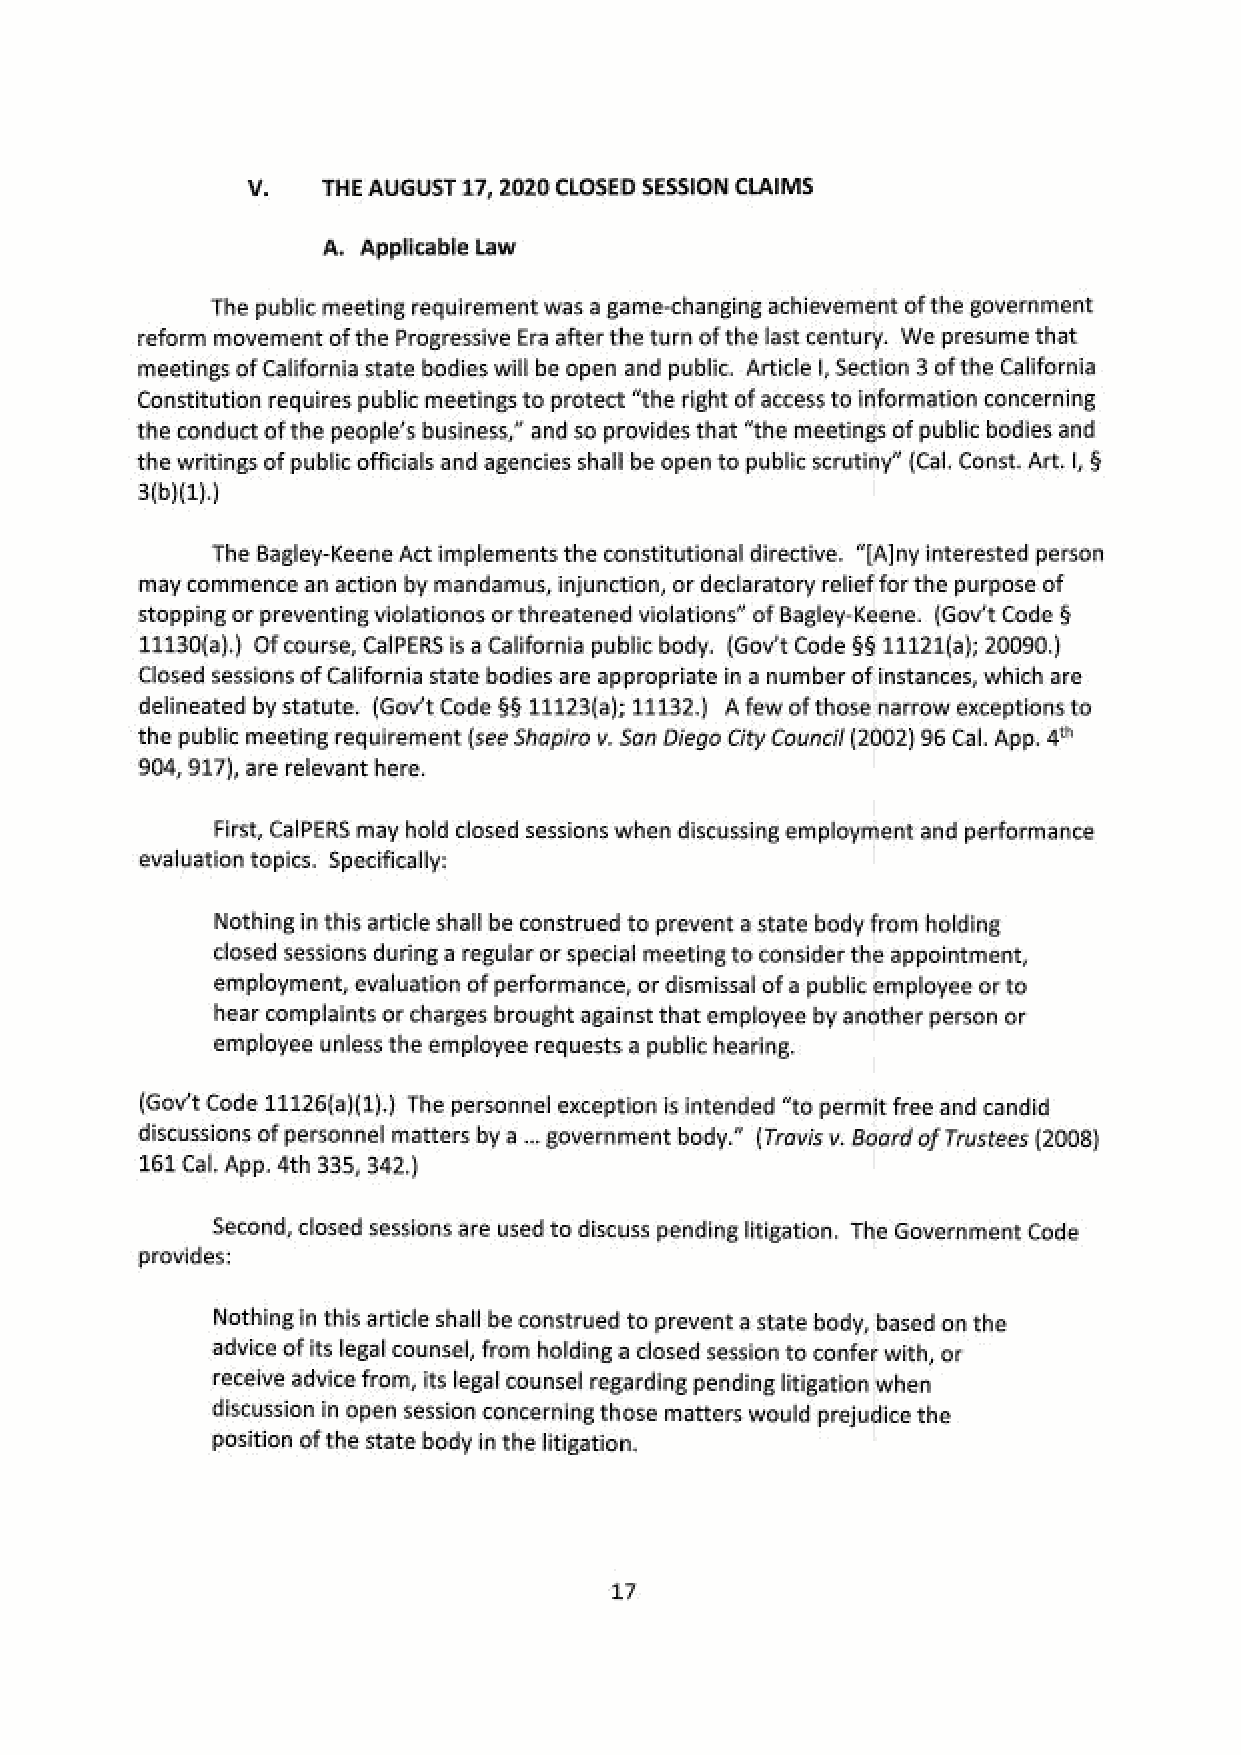
V.   THE AUGUST 17, 2020 CLOSED SESSION CLAIMS
 A. Applicable Law
 ‘The public meeting requirement was a game-changing achievement of the government
 reform movement of the Progressive Era after the turn of the last century. We presume that
 ‘meetings of California state bodies will be open and public. Article|, Section 3 of the California
 Constitution requires public meetings to protect “the right of access to information concerning
 the conduct of the people's business,” and so provides that “the meetings of public bodies and
 the writings of public officials and agencies shall be open to public scrutiny” (Cal. Const. Art. |, §
 3(b)(2).)
 ‘The Bagley-Keene Act implements the constitutional directive. “[A]ny interested person
 may commence an action by mandamus, injunction, or declaratory relief for the purpose of
 stopping or preventing violationos or threatened violations’ of Bagley-Keene. (Gov't Code §
 11130(a),) Of course, CalPERS isa California public body. (Gov't Code §§ 11121(a); 20090.)
 Closed sessions of California state bodies are appropriate in a number of instances, which are
 delineated by statute. (Gov't Code §§ 11123(a); 11132.) A few of those narrow exceptions to
 the public meeting requirement (see Shapiro v. San Diego City Council (2002) 96 Cal. App. 4"
 904, 917), are relevant here.
 First, CalPERS may hold closed sessions when discussing employment and performance
 evaluation topics. Specifically:
 ‘Nothing in this article shall be construed to prevent a state body from holding
 closed sessions duringa regular or special meeting to consider the appointment,
 employment, evaluation of performance, or dismissal of a public employee or to
 hhear complaints or charges brought against that employee by another person or
 employee unless the employee requests a public hearing.
 (Gov't Code 11126ia)(1).) The personnel exception is intended “to permit free and candid
 discussions of personnel matters by a .. government body.” (Travis v. Board of Trustees (2008)
 161 Cal. App. 4th 335, 342.)
 Second, closed sessionasre used to discuss pending litigation. The Government Code
 provides:
 Nothing in this article shall be construed to prevent a state body, based on the
 advice of its legal counsel, from holding a closed session to confer with, or
 receive advice from, its legal counsel regarding pending litigation when
 discussion in open session concerning those matters would prejudice the
 position of the state body in the litigation,
 v